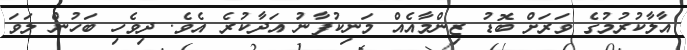
އާލާކުރުމުގެ ވަރަށް ބޮޑު ޒިންމާއެއް މަނިިކުފާނު އަދާކުރެ އެވެ. ދިވެހި ބަހުން ލަވަ